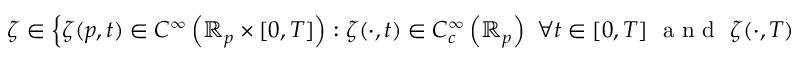
\zeta \in \left\{ \zeta ( p , t ) \in C ^ { \infty } \left( \mathbb { R } _ { p } \times [ 0 , T ] \right) : \zeta ( \cdot , t ) \in C _ { c } ^ { \infty } \left( \mathbb { R } _ { p } \right) \ \forall t \in [ 0 , T ] \ \mathrm { ~ a ~ n ~ d ~ } \ \zeta ( \cdot , T ) = 0 \right\} ,